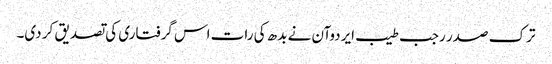
ترک صدر رجب طیب ایردوآن نے بدھ کی رات اس گرفتاری کی تصدیق کر دی۔